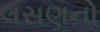
લસણનો